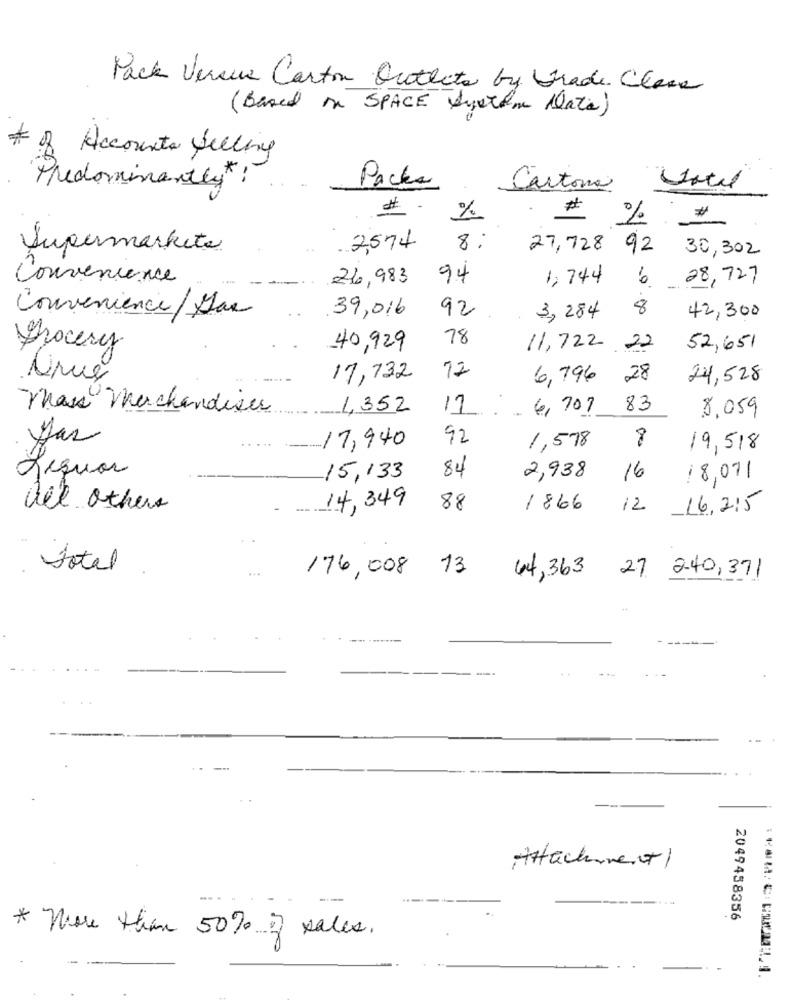
Pack Versus Carton Outleto by Grade. Class
(Based in SPACE System Date)
# of Accounts Selling
Packs
Predominantly *:
Cartone
#
%
%
Supermarkets
2,574
8:
27,728 92 30,302
Convenience
26,983
94
1, 744
6
28,727
Convenience/ Das
39,016
92
8
3,284
42,300
18
Grocery
40,929
11,722 .22
52,651
12
Drue
17,732
6,796 28
24,528
Mais Marchandises
1,352
17 6, 707
83
8.059
92
8
Har
17,940
1,578
19,518
84
Requer
15,133
2,938
16
18,07/
14, 349
det others
88
1866
12
16,215
Total
176, 008 13
44,363
27
240, 371
--
Attachment/
---
2049458356
* more than 50% of sales.